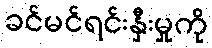
ခင်မင်ရင်းနှီးမှုကို